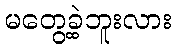
မတွေ့ခဲ့ဘူးလား